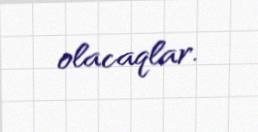
olacaqlar.